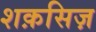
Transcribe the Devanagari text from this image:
शक़सिज़